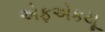
એફએકયૂ